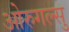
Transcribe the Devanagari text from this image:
ओरुगल्सु